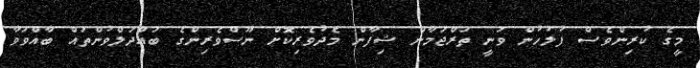
މީގެ ކުރިންވެސް ފުލުހުން ވަނީ ތަރްޖަމާން ޝިފާން މެދުވެރިކޮށް ނޫސްވެރިންގެ ބައްދަލްވުންތައް ބާއްވަވާ